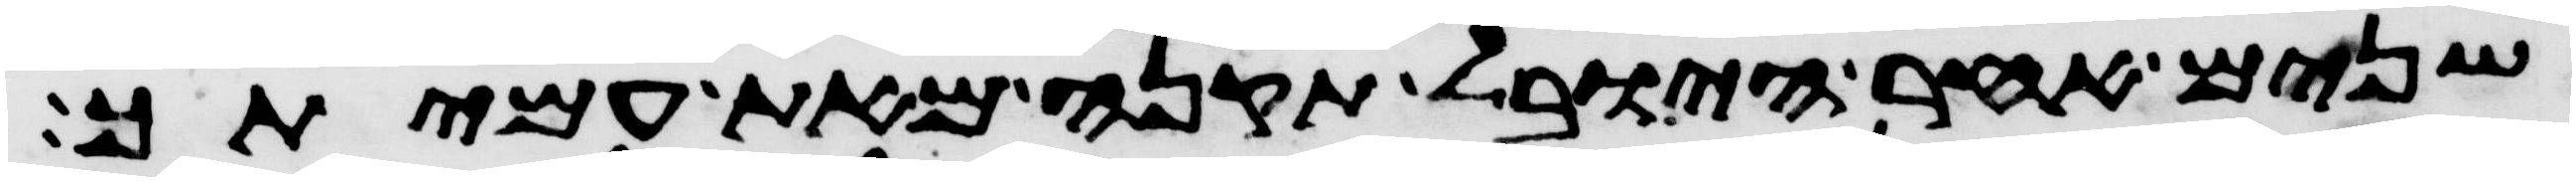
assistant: שנים אחר היובל תקנה מאת עמיתך